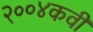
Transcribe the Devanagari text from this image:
२००४कवी